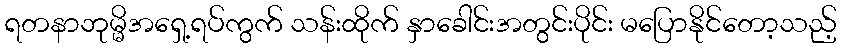
ရတနာဘုမ္မိအရှေ့ရပ်ကွက် သန်းထိုက် နှာခေါင်းအတွင်းပိုင်း မပြောနိုင်တော့သည့်